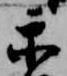
示